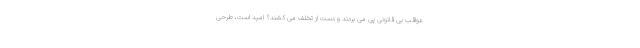
عواقب بی قانونی پی می بردند و دست از تخلف می کشند؟ امید است، طرحی